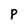
Character: P